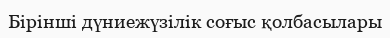
Бірінші дүниежүзілік соғыс қолбасылары